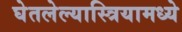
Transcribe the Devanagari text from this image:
घेतलेल्यास्त्रियामध्ये